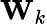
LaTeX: {\mathbf W}_{k}